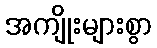
အကျိုးများစွာ